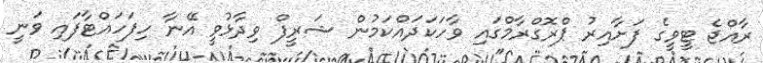
ރާއްޖެ ޓީވީގެ ފަށާއިރު ޕްރޮގްރާމްގައި ވާހަކަދައްކަމުން ޝަރީފް ވިދާޅުވީ އޭނާ ހިފަހައްޓާފައި ވަނީ